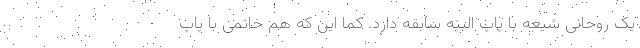
یک روحانی شیعه با پاپ البته سابقه دارد. کما این که هم خاتمی با پاپ